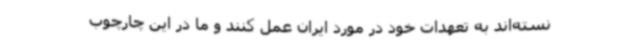
نسته‌اند به تعهدات خود در مورد ایران عمل کنند و ما در این چارچوب